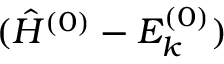
( \hat { H } ^ { ( 0 ) } - E _ { k } ^ { ( 0 ) } )